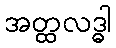
အတ္ထလဒ္ဓါ